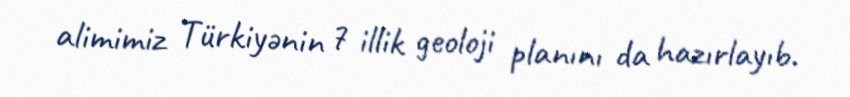
alimimiz Türkiyənin 7 illik geoloji planını da hazırlayıb.